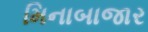
મિનાબાજાર